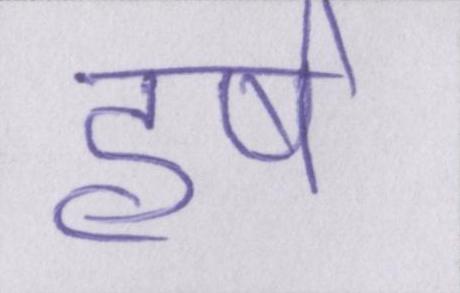
हर्ष